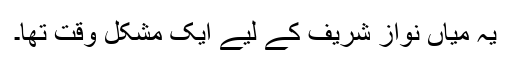
یہ میاں نواز شریف کے لیے ایک مشکل وقت تھا۔